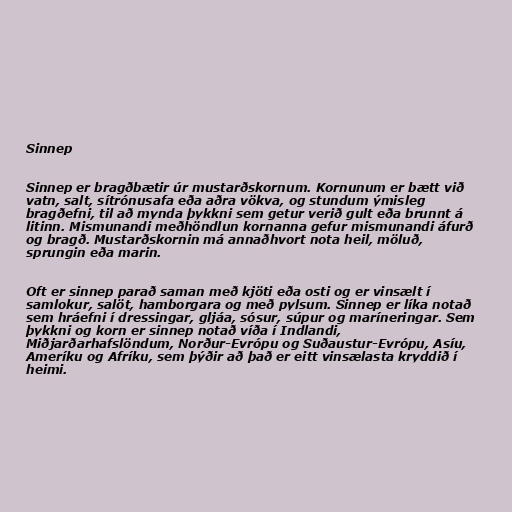
Sinnep

Sinnep er bragðbætir úr mustarðskornum. Kornunum er bætt við
vatn, salt, sítrónusafa eða aðra vökva, og stundum ýmisleg
bragðefni, til að mynda þykkni sem getur verið gult eða brunnt á
litinn. Mismunandi meðhöndlun kornanna gefur mismunandi áfurð
og bragð. Mustarðskornin má annaðhvort nota heil, möluð,
sprungin eða marin.

Oft er sinnep parað saman með kjöti eða osti og er vinsælt í
samlokur, salöt, hamborgara og með pylsum. Sinnep er líka notað
sem hráefni í dressingar, gljáa, sósur, súpur og maríneringar. Sem
þykkni og korn er sinnep notað víða í Indlandi,
Miðjarðarhafslöndum, Norður-Evrópu og Suðaustur-Evrópu, Asíu,
Ameríku og Afríku, sem þýðir að það er eitt vinsælasta kryddið í
heimi.